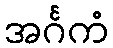
အင်္ဂကံ